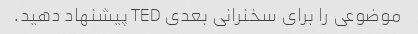
موضوعی را برای سخنرانی بعدی TED پیشنهاد دهید.